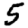
Digit: 5